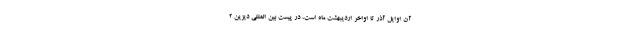
آن اوایل آذر تا اواخر اردیبهشت ماه است، در پیست بین المللی دیزین ۲